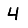
Digit: 4